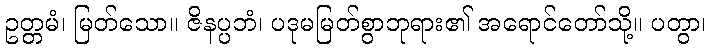
ဥတ္တမံ၊ မြတ်သော။ ဇိနပ္ပဘံ၊ ပဒုမမြတ်စွာဘုရား၏ အရောင်တော်သို့။ ပတွာ၊